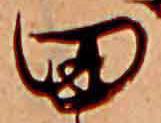
田